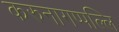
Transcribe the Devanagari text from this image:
करुनागप्पल्लि